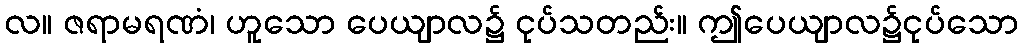
လ။ ဇရာမရဏံ၊ ဟူသော ပေယျာလ၌ ငုပ်သတည်း။ ဤပေယျာလ၌ငုပ်သော